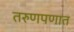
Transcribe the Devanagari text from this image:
तरुणपणात